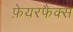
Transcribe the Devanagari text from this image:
फ़ेयरफैक्स